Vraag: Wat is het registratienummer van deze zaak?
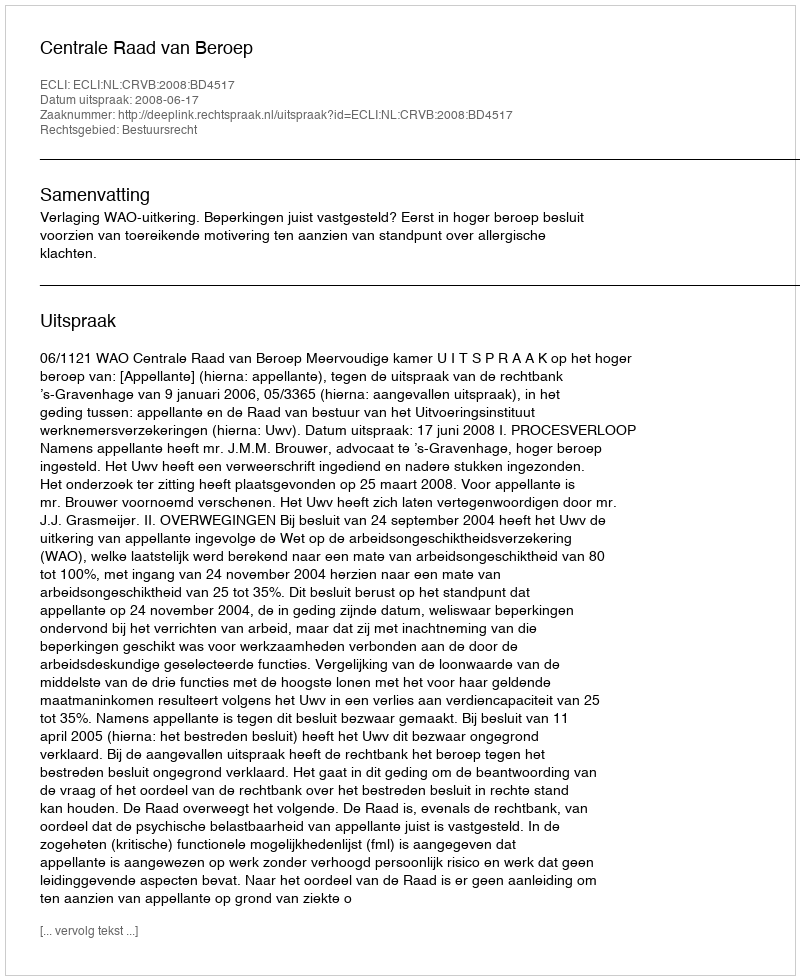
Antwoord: http://deeplink.rechtspraak.nl/uitspraak?id=ECLI:NL:CRVB:2008:BD4517